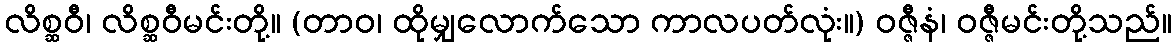
လိစ္ဆဝီ၊ လိစ္ဆဝီမင်းတို့။ (တာဝ၊ ထိုမျှလောက်သော ကာလပတ်လုံး။) ဝဇ္ဇီနံ၊ ဝဇ္ဇီမင်းတို့သည်။